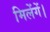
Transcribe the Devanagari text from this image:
मिलेंगें।